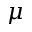
\mu